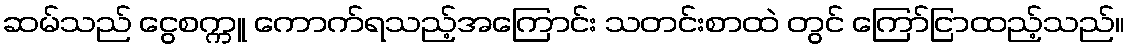
ဆမ်သည် ငွေစက္ကူ ကောက်ရသည့်အကြောင်း သတင်းစာထဲ တွင် ကြော်ငြာထည့်သည်။